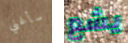
سأغني يشع